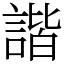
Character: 諧